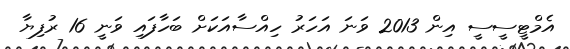
އެމްޓީސީސީ އިން 2013 ވަނަ އަހަރު ހިއްސާއަކަށް ބަހާފައި ވަނީ 16 ރުފިޔާ